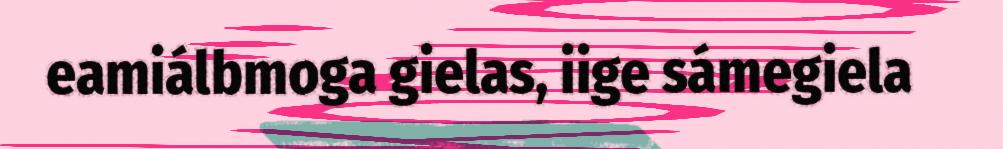
eamiálbmoga gielas, iige sámegiela